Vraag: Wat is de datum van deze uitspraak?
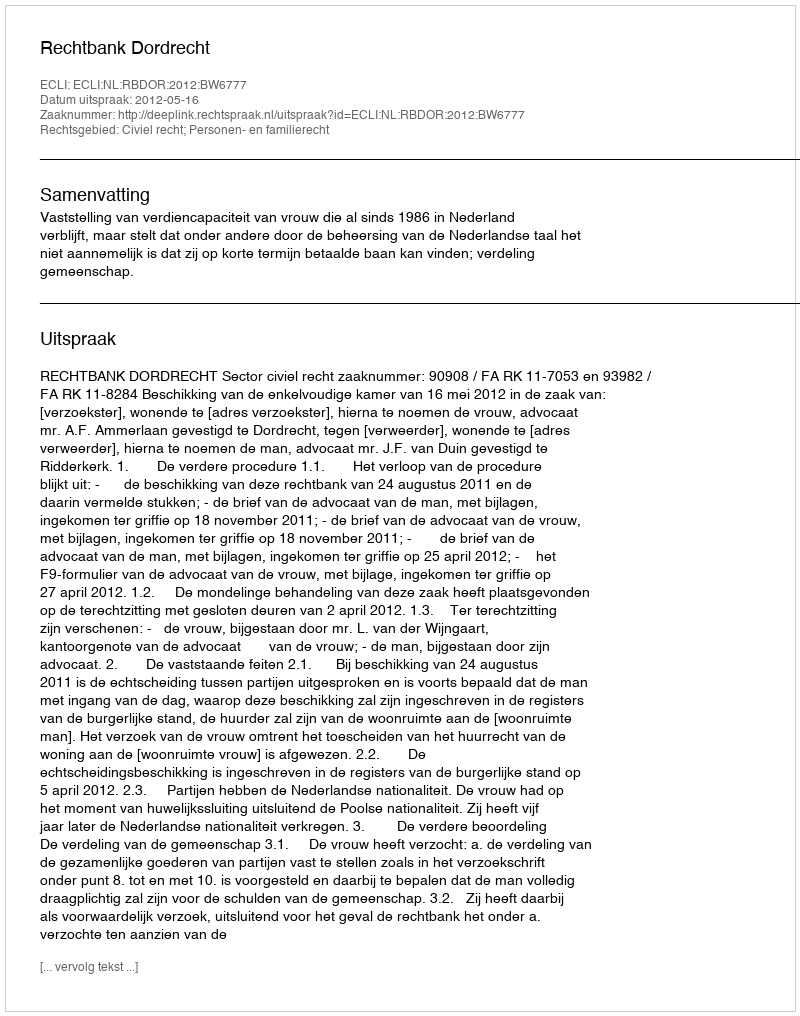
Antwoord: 2012-05-16